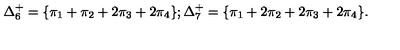
\Delta _ { 6 } ^ { + } = \{ \pi _ { 1 } + \pi _ { 2 } + 2 \pi _ { 3 } + 2 \pi _ { 4 } \} ; \Delta _ { 7 } ^ { + } = \{ \pi _ { 1 } + 2 \pi _ { 2 } + 2 \pi _ { 3 } + 2 \pi _ { 4 } \} .